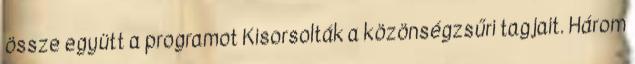
össze együtt a programot Kisorsolták a közönségzsűri tagjait. Három